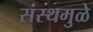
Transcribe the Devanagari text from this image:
संस्थमुळे